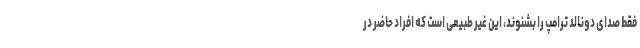
فقط صدای دونالد ترامپ را بشنوند، این غیر طبیعی است که افراد حاضر در